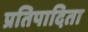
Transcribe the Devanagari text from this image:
प्रतिपादिता